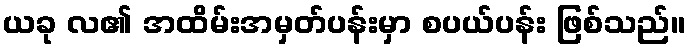
ယခု လ၏ အထိမ်းအမှတ်ပန်းမှာ စပယ်ပန်း ဖြစ်သည်။